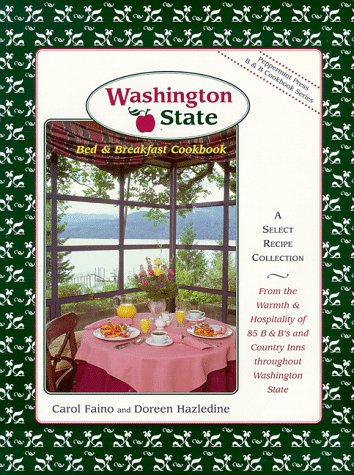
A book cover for Washington State Bed and Breakfast Cookbook (Peppermint Press B & B Cookbook Series); Carol Faino; Travel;